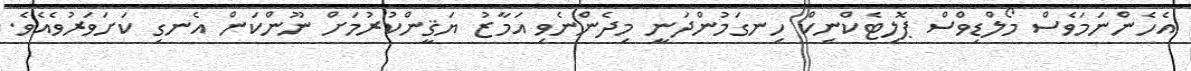
އެހެންނަމަވެސް މޯލްޑިވްސް ޕޮލިޓެކްނިކް ހިނގަމުންދަނީ މިދެންނެވި އަމާޒު ޔަޤީންކުރުމަށް ނޫންކަން އެނގި ކަށަވަރުވެއެވެ.